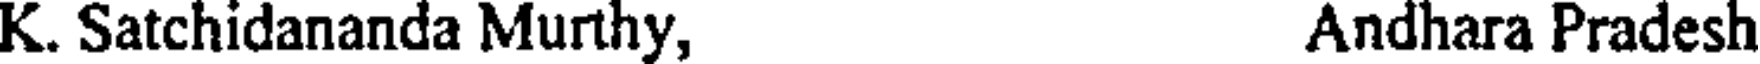
K. Satchidananda Murthy, Andhara Pradesh